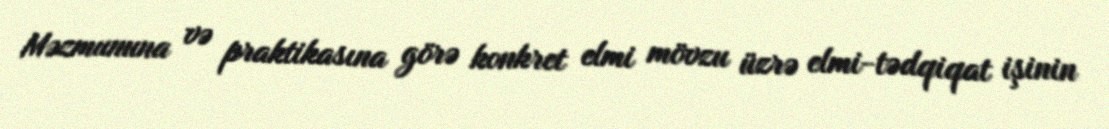
Məzmununa və praktikasına görə konkret elmi mövzu üzrə elmi-tədqiqat işinin